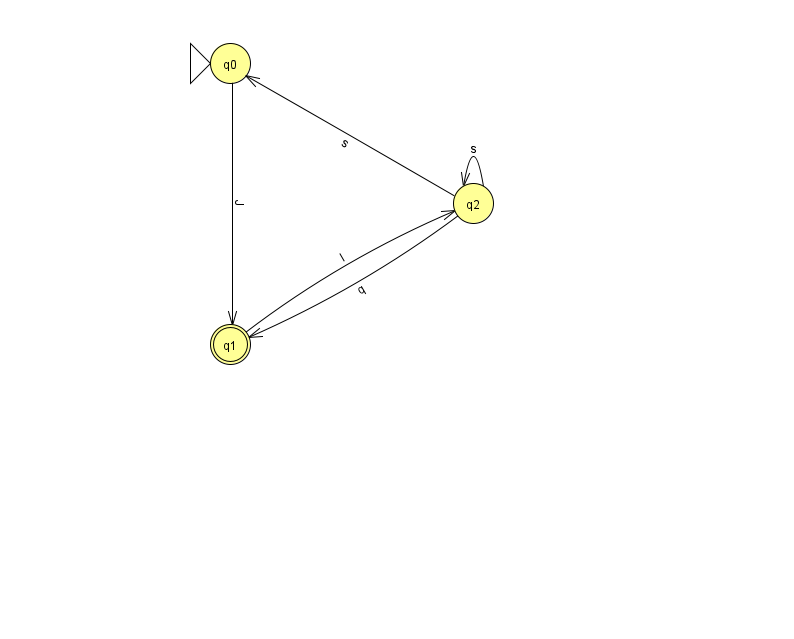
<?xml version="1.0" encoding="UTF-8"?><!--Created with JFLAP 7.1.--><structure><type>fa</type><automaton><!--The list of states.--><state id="0" name="q0"><x>230.0</x><y>50.0</y><initial/></state><state id="1" name="q1"><x>230.0</x><y>331.0</y><final/></state><state id="2" name="q2"><x>473.0</x><y>190.0</y></state><!--The list of transitions.--><transition><from>0</from><to>1</to><read>J</read></transition><transition><from>2</from><to>2</to><read>s</read></transition><transition><from>2</from><to>0</to><read>s</read></transition><transition><from>1</from><to>2</to><read>I</read></transition><transition><from>2</from><to>1</to><read>q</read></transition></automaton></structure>